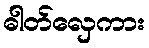
ဓါတ်လှေကား